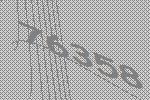
76358